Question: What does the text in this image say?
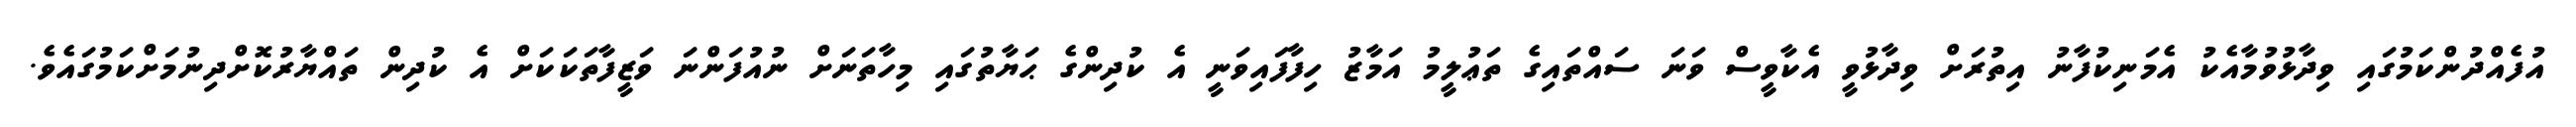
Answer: އުފެއްދުންކަމުގައި ވިދާޅުވުމާއެކު އެމަނިކުފާނު އިތުރަށް ވިދާޅުވީ އެކާވީސް ވަނަ ސައްތައިގެ ތަޢުލީމު އަމާޒު ހިފާފައިވަނީ އެ ކުދިންގެ ޙަޔާތުގައި މިހާތަނަށް ނުއުފަންނަ ވަޒީފާތަކަކަށް އެ ކުދިން ތައްޔާރުކޮށްދިނުމަށްކަމުގައެވެ.